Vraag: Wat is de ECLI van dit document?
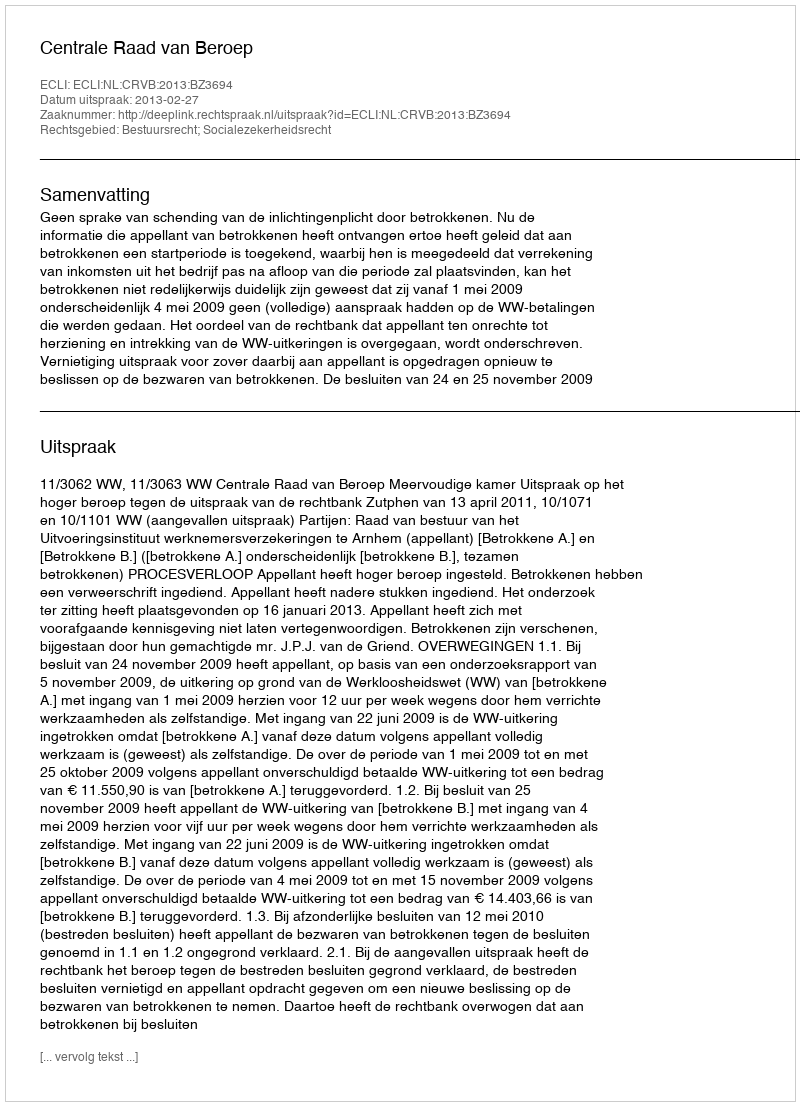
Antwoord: ECLI:NL:CRVB:2013:BZ3694